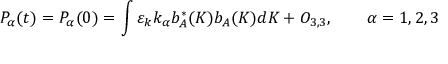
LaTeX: P _ { \alpha } ( t ) = P _ { \alpha } ( 0 ) = \int \varepsilon _ { k } k _ { \alpha } b _ { A } ^ { \ast } ( K ) b _ { A } ( K ) d K + O _ { 3 , 3 } , \qquad \alpha = 1 , 2 , 3